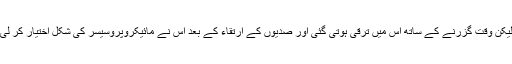
لیکن وقت گزرنے کے ساتھ اس میں ترقی ہوتی گئی اور صدیوں کے ارتقاء کے بعد اس نے مائیکروپروسیسر کی شکل اختیار کر لی۔